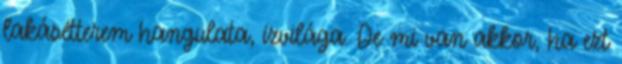
lakásétterem hangulata, ízvilága. De mi van akkor, ha ezt